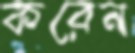
করেন